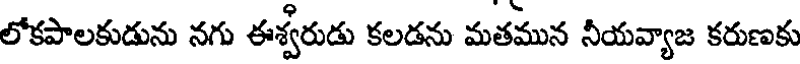
లోకపాలకుడును నగు ఈశ్వరుడు కలడను మతమున నీయవ్యాజ కరుణకు